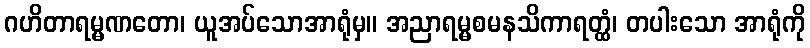
ဂဟိတာရမ္မဏတော၊ ယူအပ်သောအာရုံမှ။ အညာရမ္မစမနသိကာရတ္ထံ၊ တပါးသော အာရုံကို